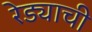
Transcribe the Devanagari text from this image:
रेड्याची